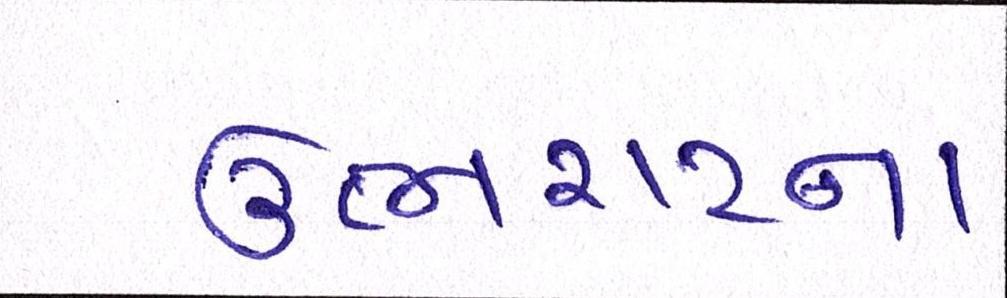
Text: ઉભરાટના